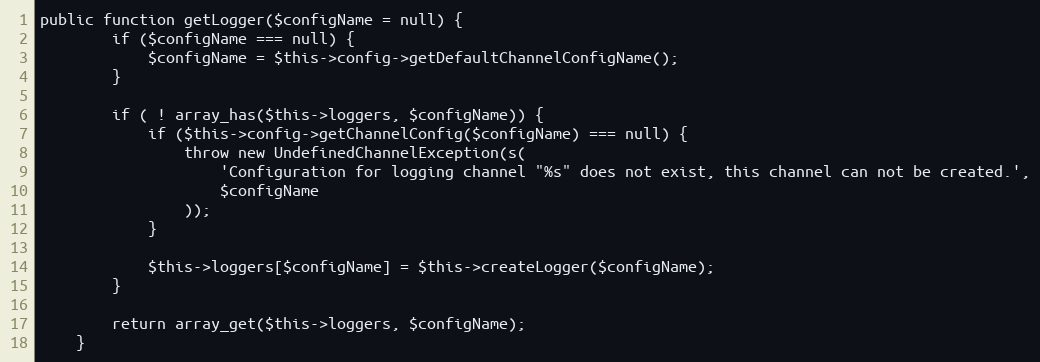
Language: PHP
public function getLogger($configName = null) {
        if ($configName === null) {
            $configName = $this->config->getDefaultChannelConfigName();
        }

        if ( ! array_has($this->loggers, $configName)) {
            if ($this->config->getChannelConfig($configName) === null) {
                throw new UndefinedChannelException(s(
                    'Configuration for logging channel "%s" does not exist, this channel can not be created.',
                    $configName
                ));
            }

            $this->loggers[$configName] = $this->createLogger($configName);
        }

        return array_get($this->loggers, $configName);
    }